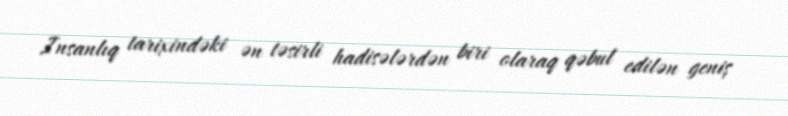
Insanlıq tarixindəki ən təsirli hadisələrdən biri olaraq qəbul edilən geniş